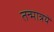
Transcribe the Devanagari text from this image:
तन्मात्रयें